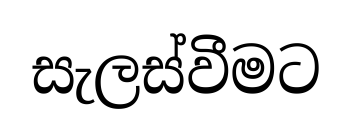
සැලස්වීමට